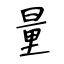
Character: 量